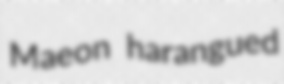
Maeon harangued